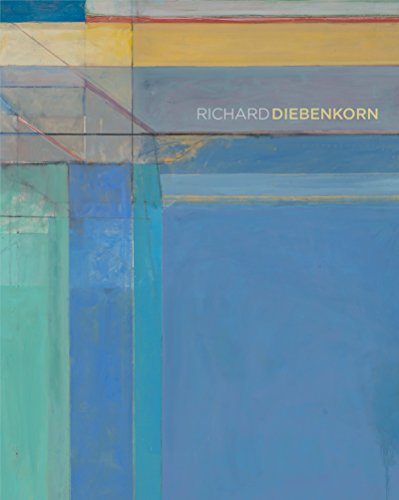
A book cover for Richard Diebenkorn; Sarah Bancroft; Arts & Photography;